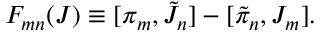
{ \cal F } _ { m n } ( J ) \equiv [ \pi _ { m } , \tilde { J } _ { n } ] - [ \tilde { \pi } _ { n } , J _ { m } ] .